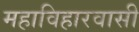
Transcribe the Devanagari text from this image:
महाविहारवासी